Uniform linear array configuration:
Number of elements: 24
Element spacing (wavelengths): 0.5
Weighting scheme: hamming
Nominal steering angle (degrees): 15
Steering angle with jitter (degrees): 16.38
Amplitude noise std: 0.05
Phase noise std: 0.05

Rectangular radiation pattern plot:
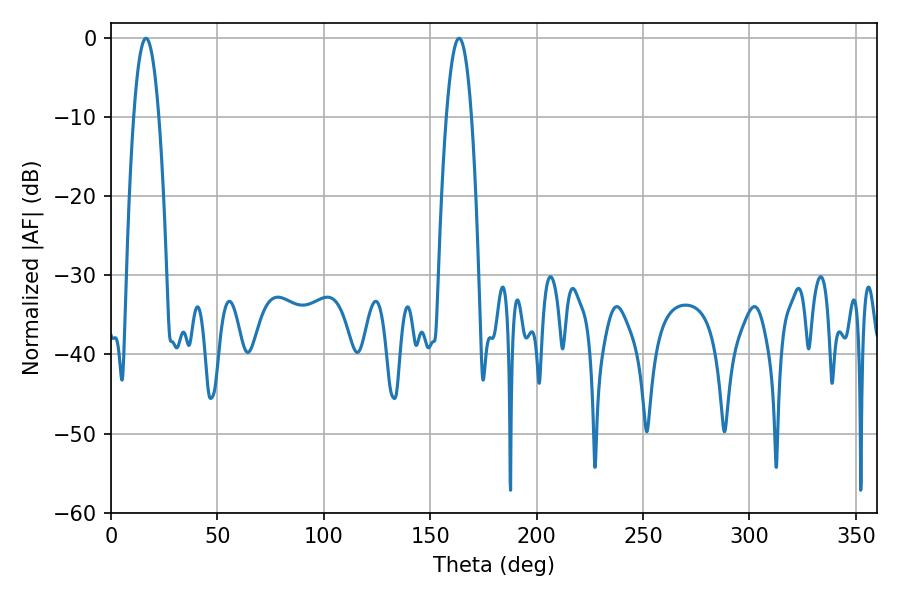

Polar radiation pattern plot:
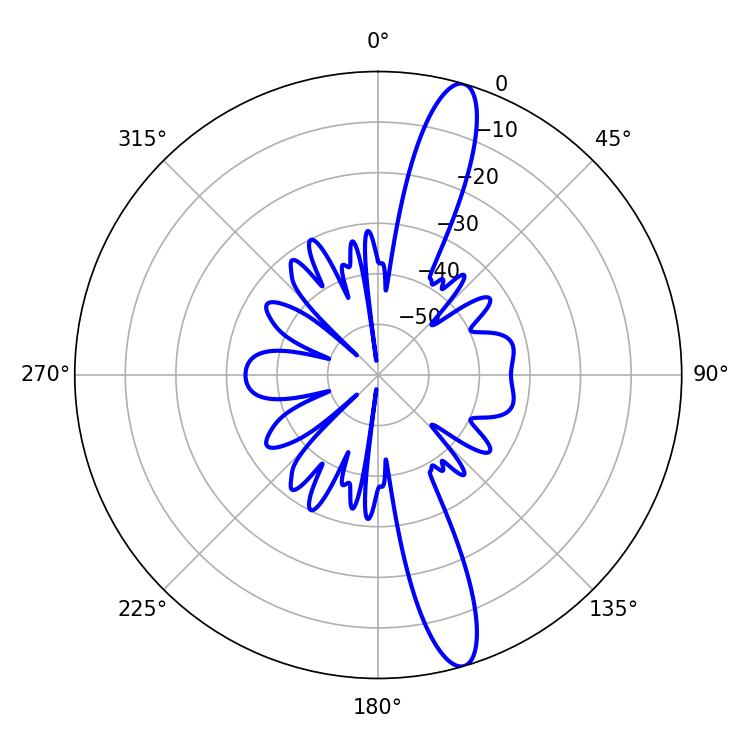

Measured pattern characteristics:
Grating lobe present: FALSE
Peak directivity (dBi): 14.584
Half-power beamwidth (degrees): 6.66
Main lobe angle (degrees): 16.38